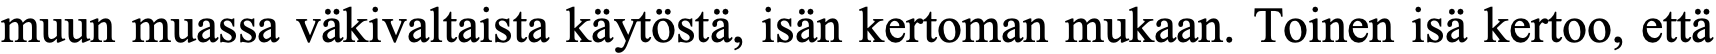
muun muassa väkivaltaista käytöstä, isän kertoman mukaan. Toinen isä kertoo, että